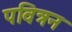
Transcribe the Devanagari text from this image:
पवित्रन